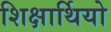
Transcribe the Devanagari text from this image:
शिक्षार्थियो